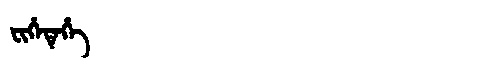
Manchu: ᠸᡳᡥᡝᡨᡝᡥᡝ
Romanization: FIHETEHE